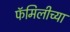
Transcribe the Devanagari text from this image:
फॅमिलीच्या